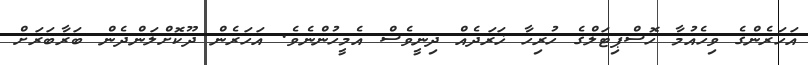
އަހަރެންގެ ވިހެއުމާ ހޮސްޕިޓަލްގެ ހުރިހާ ޚަރަދެއް ދިނީވެސް އެމީހުންނެވެ. އަހަރެން ދޫކޮށްލަންދެން ބަރާބަރަށް